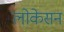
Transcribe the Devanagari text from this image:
लोकेसन